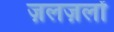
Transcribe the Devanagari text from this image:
ज़लज़लों